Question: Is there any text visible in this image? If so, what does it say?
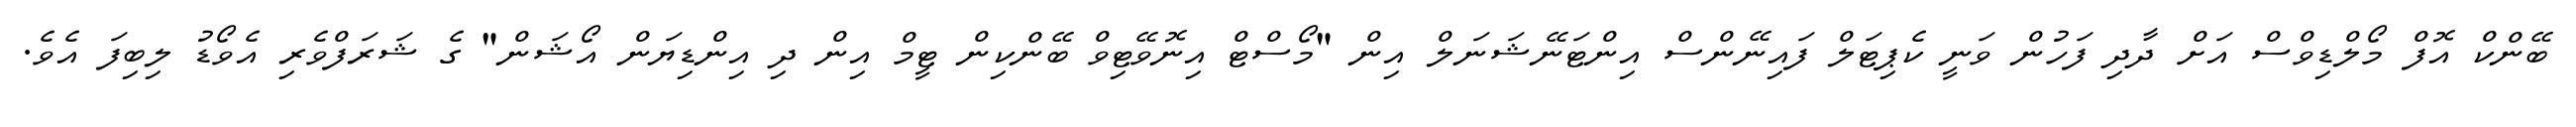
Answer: ބޭންކް އޮފް މޯލްޑިވްސް އަށް ދާދި ފަހުން ވަނީ ކެޕިޓަލް ފައިނޭންސް އިންޓަނޭޝަނަލް އިން "މޯސްޓް އިނޮވޭޓިވް ބޭންކިން ޓީމް އިން ދި އިންޑިޔަން އޯޝަން" ގެ ޝަރަފްވެރި އެވޯޑު ލިބިފަ އެވެ.